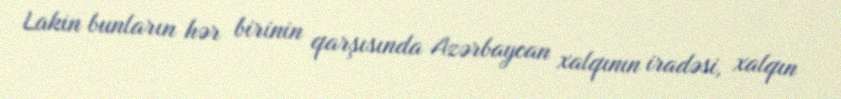
Lakin bunların hər birinin qarşısında Azərbaycan xalqının iradəsi, xalqın